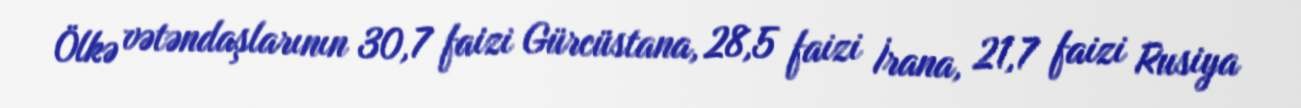
Ölkə vətəndaşlarının 30,7 faizi Gürcüstana, 28,5 faizi İrana, 21,7 faizi Rusiya